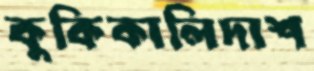
কুকিকালিদাশ